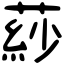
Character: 䔋